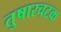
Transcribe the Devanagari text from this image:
तुषारचटक